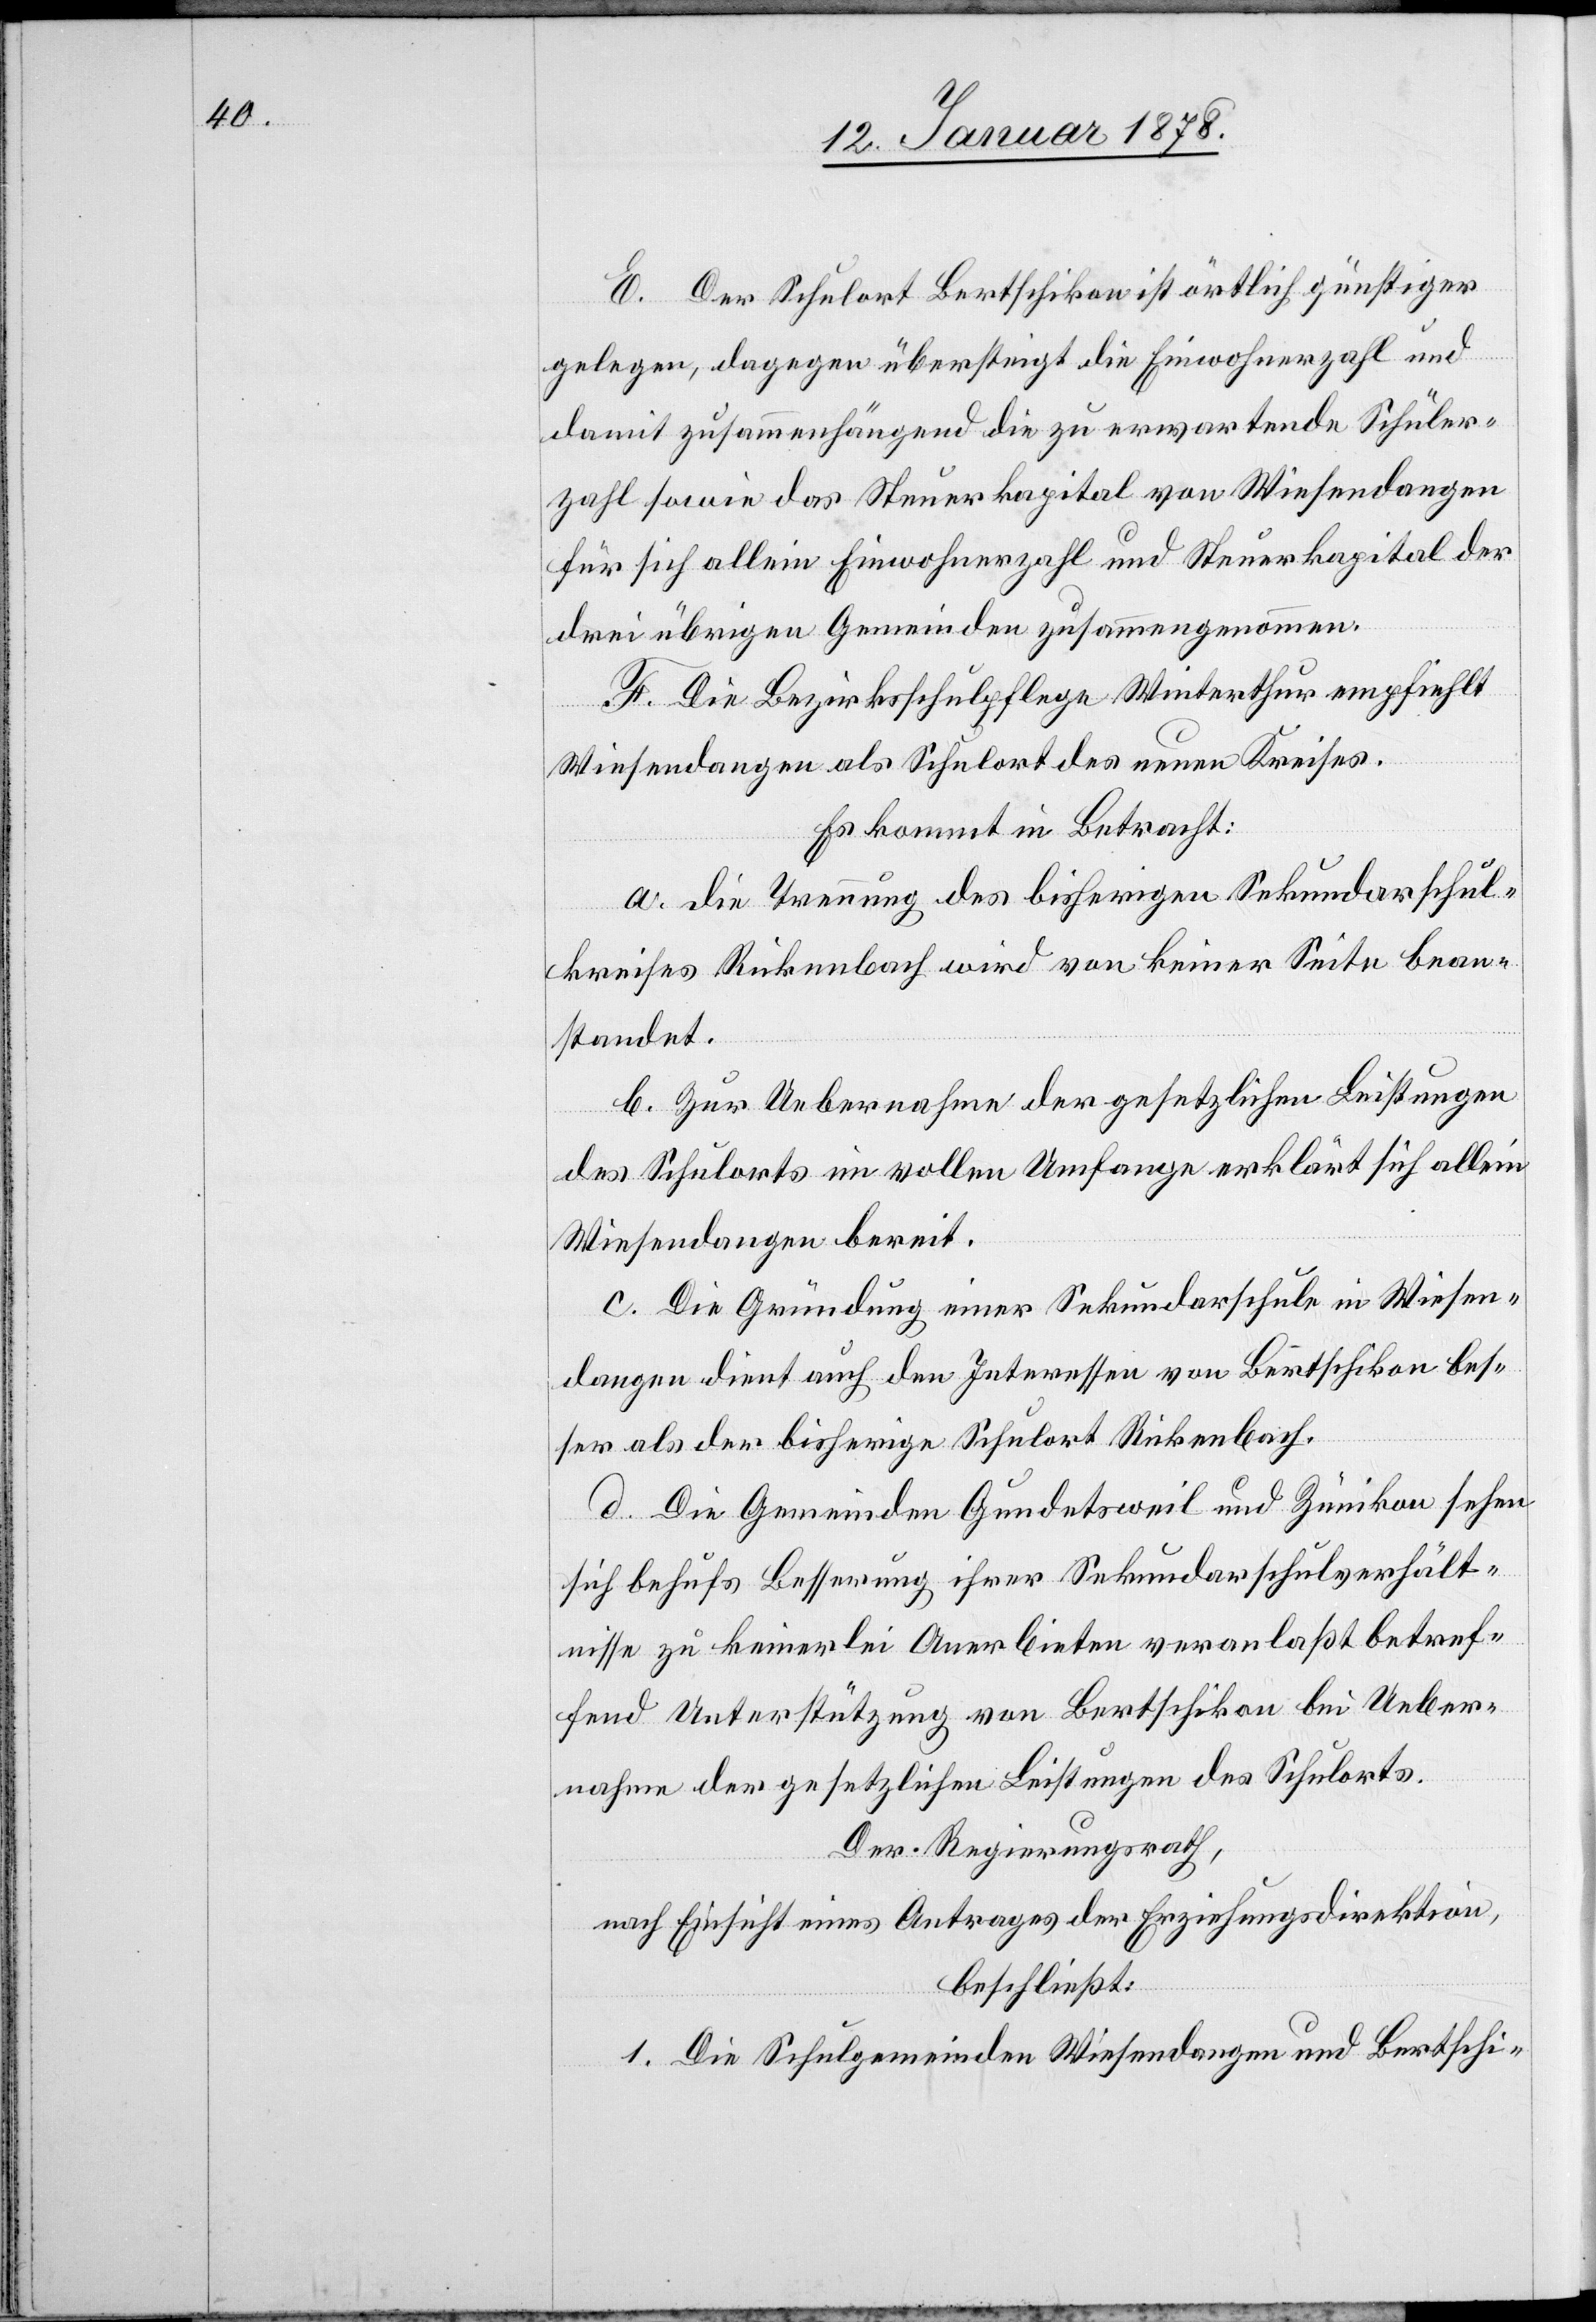
E. Der Schulort Bertschikon ist örtlich günstiger
gelegen, dagegen übersteigt die Einwohnerzahl und
damit zusammenhängend die zu erwartende Schüler¬
zahl sowie das Steuerkapital von Wiesendangen
für sich allein Einwohnerzahl und Steuerkapital der
drei übrigen Gemeinden zusammengenommen.
F. Die Bezirksschulpflege Winterthur empfiehlt
Wiesendangen als Schulort des neuen Kreises.
Es kommt in Betracht:
a. Die Trennung des bisherigen Sekundarschul¬
kreises Rickenbach wird von keiner Seite bean¬
standet.
b. Zur Uebernahme der gesetzlichen Leistungen
des Schulortes im vollen Umfange erklärt sich allein
Wiesendangen bereit.
c. Die Gründung einer Sekundarschule in Wiesen¬
dangen dient auch den Interessen von Bertschikon bes¬
ser als der bisherige Schulort Rickenbach.
d. Die Gemeinden Gundetsweil und Zumikon sehen
sich behufs Besserung ihrer Sekundarschulverhält¬
nisse zu keinerlei Anerbieten veranlaßt betref¬
fend Unterstützung von Bertschikon bei Ueber¬
nahme der gesetzlichen Leistungen des Schulortes.
Der Regierungsrath,
nach Einsicht eines Antrages der Erziehungsdirektion,
beschließt:
1. Die Schulgemeinden Wiesendangen und Bertschi-